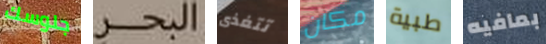
جلوسك البحر تتغذى مكان طبية بمافيه